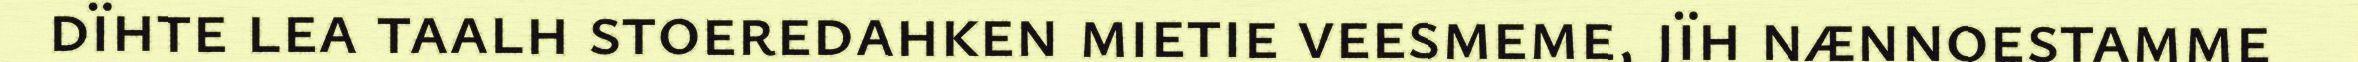
dïhte lea taalh stoeredahken mietie veesmeme, jïh nænnoestamme